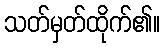
သတ်မှတ်ထိုက်၏။